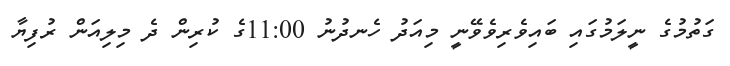
ގަތުމުގެ ނީލަމުގައި ބައިވެރިވެވޭނީ މިއަދު ހެނދުނު 11:00ގެ ކުރިން ދެ މިލިއަން ރުފިޔާ